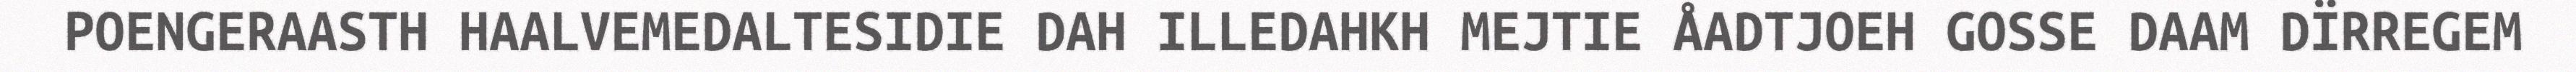
POENGERAASTH HAALVEMEDALTESIDIE DAH ILLEDAHKH MEJTIE ÅADTJOEH GOSSE DAAM DÏRREGEM